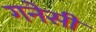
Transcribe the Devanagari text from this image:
गनेसी